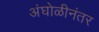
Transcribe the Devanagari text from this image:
अंघोळीनंतर